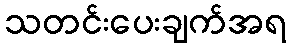
သတင်းပေးချက်အရ